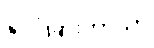
နိုင်ငံခြားဘာသာ